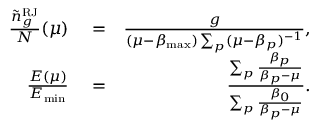
\begin{array} { r l r } { \frac { { \tilde { n } } _ { g } ^ { \mathrm { R J } } } { N } ( \mu ) } & { { } = } & { \frac { g } { ( \mu - \beta _ { \mathrm { m a x } } ) \sum _ { p } ( \mu - \beta _ { p } ) ^ { - 1 } } , } \\ { \frac { E ( \mu ) } { E _ { \mathrm { m i n } } } } & { { } = } & { \frac { \sum _ { p } \frac { \beta _ { p } } { \beta _ { p } - \mu } } { \sum _ { p } \frac { \beta _ { 0 } } { \beta _ { p } - \mu } } . } \end{array}